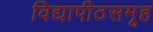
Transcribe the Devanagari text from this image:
विद्यापीठसमूह